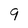
Character: 9